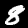
Label: 8